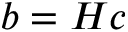
b = H c